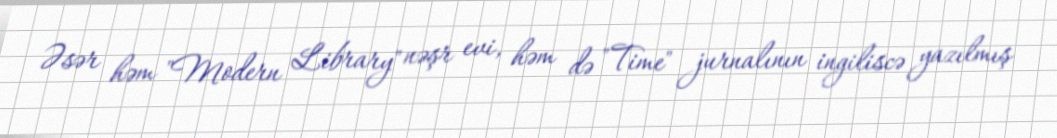
Əsər həm "Modern Library" nəşr evi, həm də "Time" jurnalının ingiliscə yazılmış